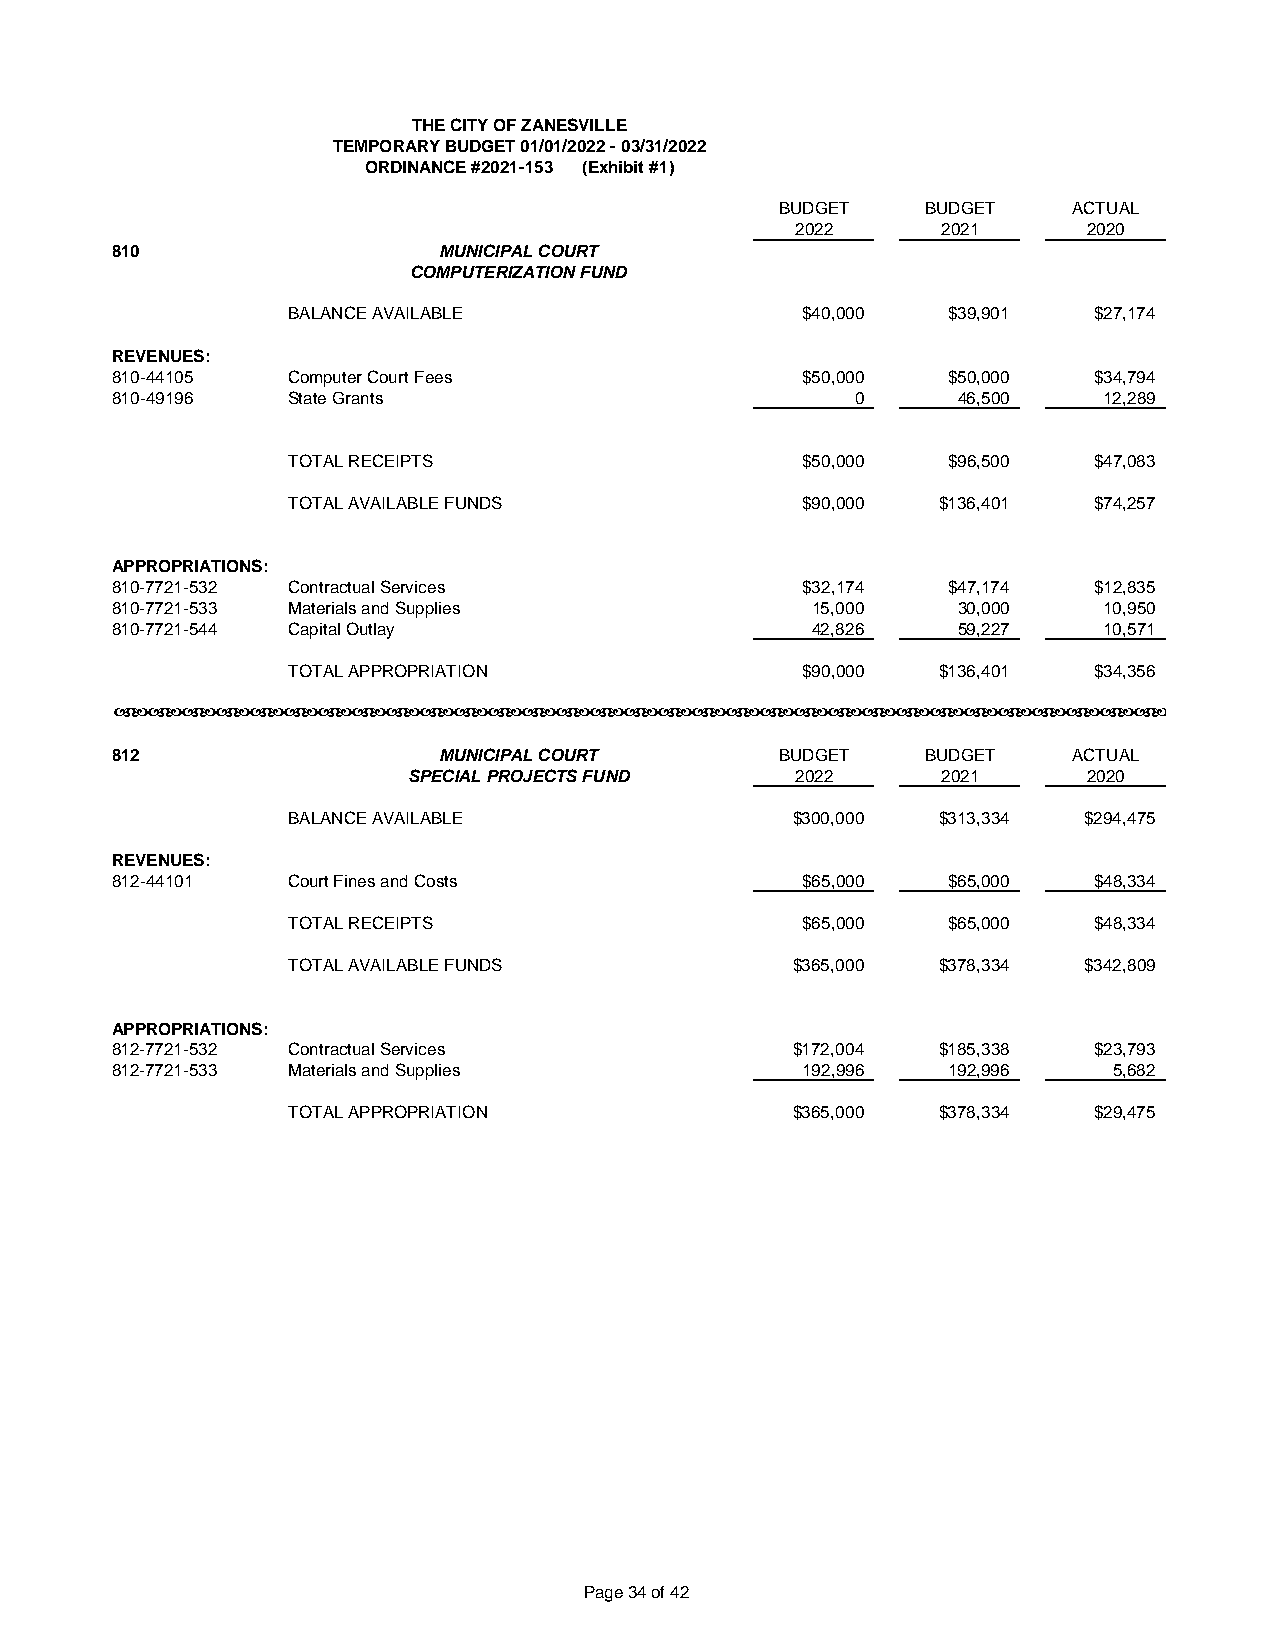
THE CITY OF ZANESVILLE
 TEMPORARY BUDGET 01/01/2022 - 03/31/2022
 ORDINANCE #2021-153 (Exhibit #1)
 BUDGET   BUDGET    ACTUAL
 2022     2021      2020
 810                   MUNICIPAL COURT
 COMPUTERIZATION FUND
 BALANCE AVAILABLE                 $40,000   $39,901  $27,174
 REVENUES:
 810-44105   Computer Court Fees               $50,000   $50,000  $34,794
 810-49196   State Grants                          0     46,500    12,289
 TOTAL RECEIPTS                    $50,000   $96,500  $47,083
 TOTAL AVAILABLE FUNDS             $90,000  $136,401  $74,257
 APPROPRIATIONS:
 810-7721-532 Contractual Services             $32,174   $47,174  $12,835
 810-7721-533 Materials and Supplies            15,000   30,000    10,950
 810-7721-544 Capital Outlay                    42,826   59,227    10,571
 TOTAL APPROPRIATION               $90,000  $136,401  $34,356
 ababababababababababababababababababababababababababababababab
 812                   MUNICIPAL COURT        BUDGET   BUDGET    ACTUAL
 SPECIAL PROJECTS FUND     2022     2021      2020
 BALANCE AVAILABLE                $300,000  $313,334  $294,475
 REVENUES:
 812-44101   Court Fines and Costs             $65,000   $65,000  $48,334
 TOTAL RECEIPTS                    $65,000   $65,000  $48,334
 TOTAL AVAILABLE FUNDS            $365,000  $378,334  $342,809
 APPROPRIATIONS:
 812-7721-532 Contractual Services            $172,004  $185,338  $23,793
 812-7721-533 Materials and Supplies           192,996   192,996    5,682
 TOTAL APPROPRIATION              $365,000  $378,334  $29,475
 Page 34 of 42